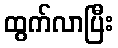
ထွက်လာပြီး